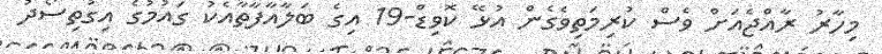
މިހާރު ރާއްޖެއަށް ވެސް ކުރިމަތިވެގެން އުޅޭ ކޮވިޑް-19 އިގެ ބަލާއާފާތާއެކު ގައުމުގެ އިގުތިސޯދު